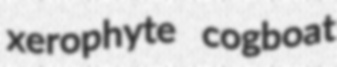
xerophyte cogboat